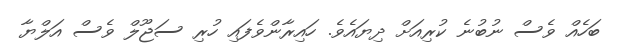
ބަހެއް ވެސް ނުބުނެ ކުރިއަށް ދިޔައެވެ. ހައިރާންވެފައި ހުރި ސަޖޫލް ވެސް އަލްޔާ